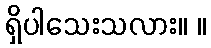
ရှိပါသေးသလား။ ။